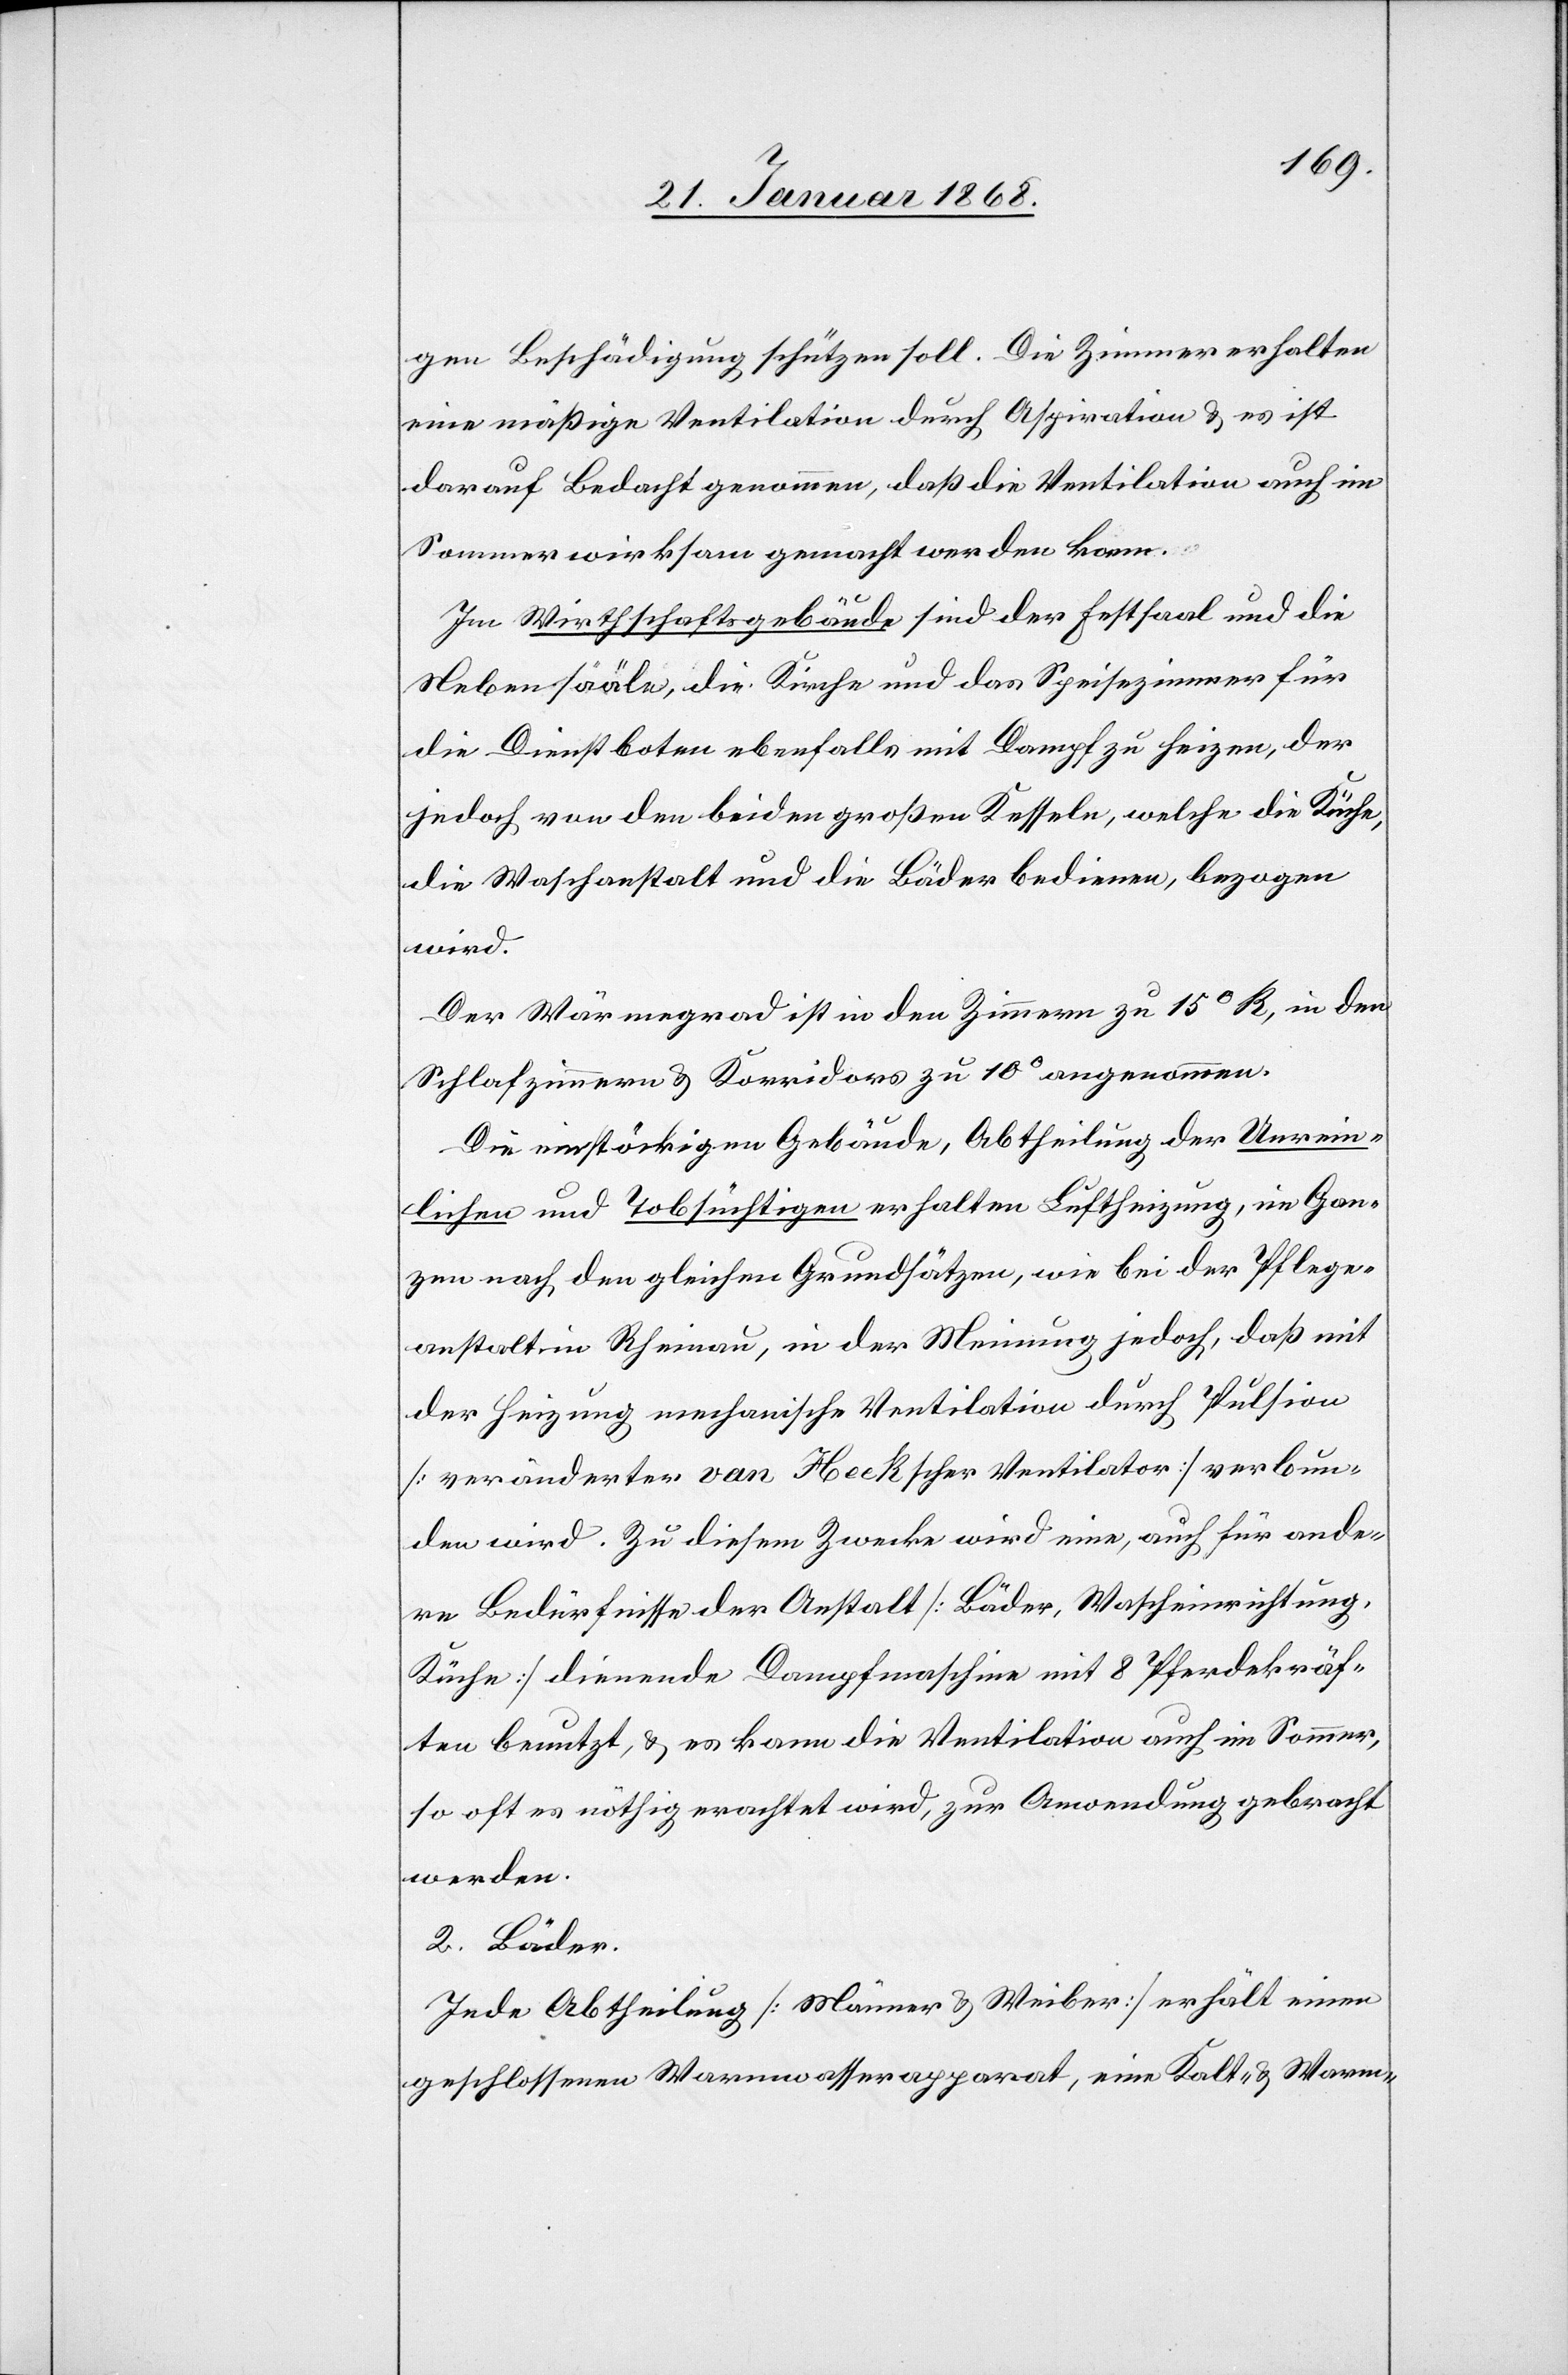
gen Beschädigung schützen soll. Die Zimmer erhalten
eine mäßige Ventilation durch Aspiration & es ist
darauf Bedacht genommen, daß die Ventilation auch im
Sommer wirksam gemacht werden kann.
Im Wirthschaftsgebäude sind der Festsaal und die
Nebensääle, die Kirche und das Speisezimmer für
die Dienstboten ebenfalls mit Dampf zu heizen, der
jedoch von den beiden großen Kesseln, welche die Küche,
die Waschanstalt und die Bäder bedienen, bezogen
wird.
Der Wärmegrad ist in den Zimmern zu 15° R, in den
Schlafzimmern & Korridors zu 10° angenommen.
Die einstöckigen Gebäude, Abtheilung der Unrein¬
lichen und Tobsüchtigen erhalten Luftheizung, im Gan¬
zen nach den gleichen Grundsätzen, wie bei der Pflege¬
anstalt in Rheinau, in der Meinung jedoch, daß mit
der Heizung mechanische Ventilation durch Pulsion
[veränderter van Heckscher Ventilator] verbun¬
den wird. Zu diesem Zwecke wird eine, auch für ande¬
re Bedürfnisse der Anstalt [Bäder, Wascheinrichtung,
Küche] dienende Dampfmaschine mit 8 Pferdekräf¬
ten benutzt, & es kann die Ventilation auch im Sommer,
so oft es nöthig erachtet wird, zur Anwendung gebracht
werden.
2. Bäder.
Jede Abtheilung [Männer & Weiber] erhält einen
geschlossenen Warmwasserapparat, eine Kalt- & Warm-